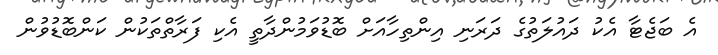
އެ ބަޖެޓާ އެކު ދައުލަތުގެ ދަރަނި އިންތިހާއަށް ބޮޑުވަމުންދާތީ އެކި ފަރާތްތަކުން ކަންބޮޑުވުން